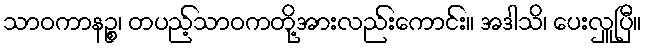
သာဝကာနဉ္စ၊ တပည့်သာဝကတို့အားလည်းကောင်း။ အဒါသိ၊ ပေးလှူပြီ။